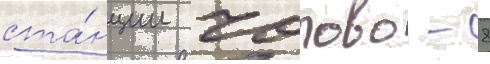
ста́нции чолово - 8